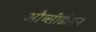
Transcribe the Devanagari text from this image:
औब्सीडीयन